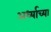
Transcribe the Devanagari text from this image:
अर्ध्याच्या